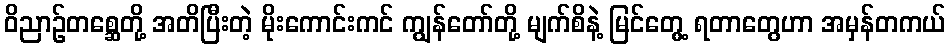
ဝိညာဉ်တစ္ဆေတို့ အတိပြီးတဲ့ မိုးကောင်းကင် ကျွန်တော်တို့ မျက်စိနဲ့ မြင်တွေ့ ရတာတွေဟာ အမှန်တကယ်